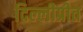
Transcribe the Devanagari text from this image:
दिल्लीप्रीत